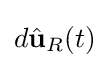
d{\hat {\mathbf {u} }}_{R}(t)